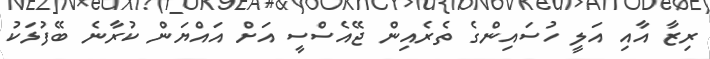
ރިޒާ އާއި އަލީ ހުސައިންގެ ތެރެއިން ޖޭއެސްސީ އަށް އައްޔަން ކުރާނެ ބޭފުޅަކު